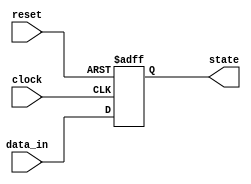
module async_reset_block (
    input wire reset,    // Asynchronous reset signal
    input wire clock,    // Clock signal
    input wire [7:0] data_in, // Example input data (can be modified as needed)
    output reg [7:0] state // Output state
);

// Define the reset value
parameter RESET_VALUE = 8'h00;

always @(posedge clock or posedge reset) begin
    if (reset) begin
        // Asynchronous reset: set state to reset value
        state <= RESET_VALUE;
    end else begin
        // Normal operation: update state based on some condition
        // Here we simply assign the input data to state for demonstration
        state <= data_in;
    end
end

endmodule